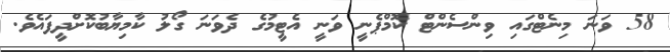
58 ވަނަ މިނެޓްގައި ވިންސެންޓް ކޮމްޕެނީ ވަނީ އެޓީމުގެ ދެވަނަ ގޯލު ކާމިޔާބުކޮށްދީފައެވެ.